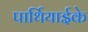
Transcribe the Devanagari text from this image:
पार्थियाईके